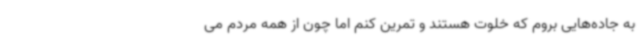
به جاده‌هایی بروم که خلوت هستند و تمرین کنم اما چون از همه مردم می